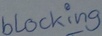
Text: blocking